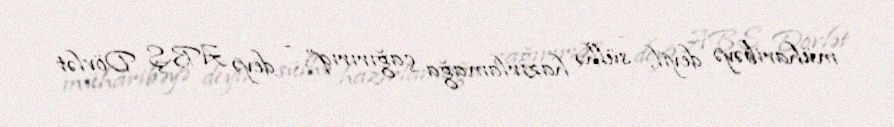
müharibəyə deyil, sülhə hazırlamağa çağırırıq”, - deyə ABŞ Dövlət